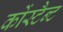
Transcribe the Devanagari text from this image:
कोंस्टैन्ट